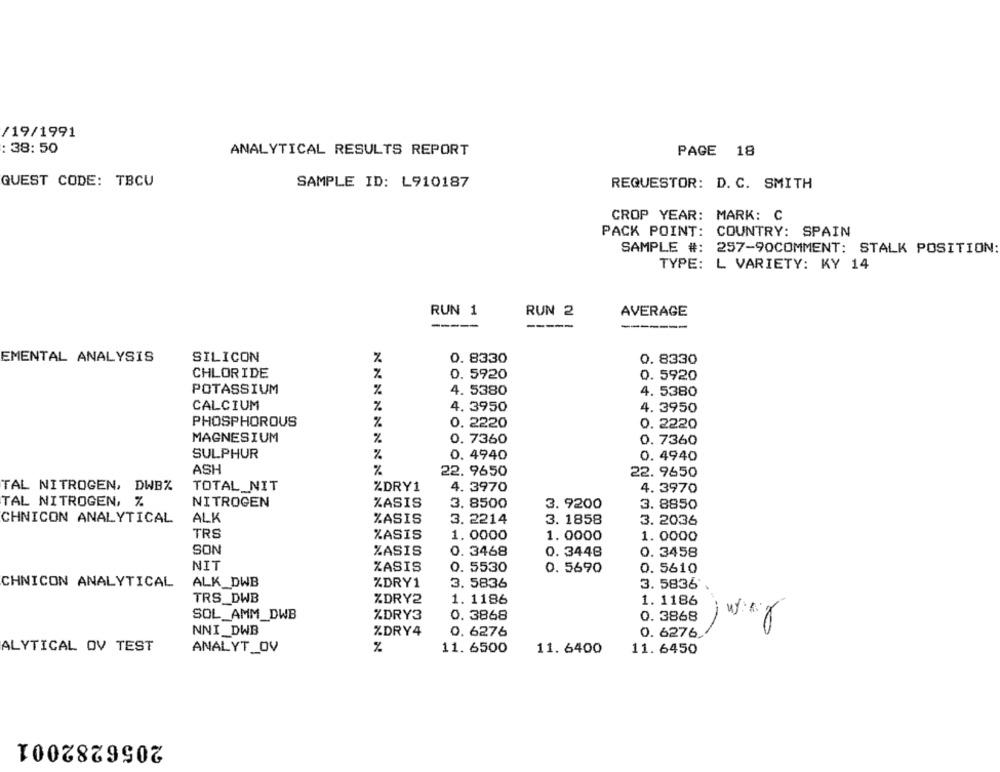
/19/1991
: 38: 50
ANALYTICAL RESULTS REPORT
PAGE 18
QUEST CODE: TBCU
SAMPLE ID: L910187
REQUESTOR: D. C. SMITH
CROP YEAR: MARK: C
PACK POINT: COUNTRY: SPAIN
SAMPLE #: 257-90COMMENT: STALK POSITION:
TYPE: L VARIETY: KY 14
RUN 1
RUN 2
AVERAGE
-----
-----
EMENTAL ANALYSIS
SILICON
0. 8330
0. 8330
CHLORIDE
0. 5920
0. 5920
POTASSIUM
%
4. 5380
4. 5380
CALCIUM
4. 3950
4. 3950
PHOSPHOROUS
%
0. 2220
0. 2220
MAGNESIUM
%
0. 7360
0. 7360
SULPHUR
0. 4940
%
0. 4940
ASH
%
22. 9650
22. 9650
TOTAL_NIT
TAL NITROGEN, DWB%
%DRY1
4. 3970
4. 3970
TAL NITROGEN, %
NITROGEN
ZASIS
3. 8500
3. 9200
3. 8850
ALK
CHNICON ANALYTICAL
%ASIS
3. 2214
3. 1858
3. 2036
TRS
%ASIS
1.0000
1. 0000
1. 0000
SON
%ASIS
0. 3468
0. 3448
0. 3458
NIT
ZASIS
0. 5530
0. 5690
0. 5610
CHNICON ANALYTICAL
ALK_DWB
%DRY1
3. 5836
3. 5836
TRS_DWB
%DRY2
1. 1186
1. 1186
SOL_AMM_DWB
%DRY3
0. 3868
0. 3868
NNI_DWB
%DRY4
0. 6276
0. 6276.
ALYTICAL OV TEST
%
11. 6500
ANALYT_OV
11. 6400
11. 6450
2056282001